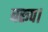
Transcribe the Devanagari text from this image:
बरूप।